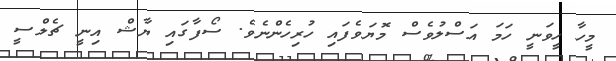
މީހާ ހީވަނީ ހަމަ އަސްލުވެސް މޮޔަވެފައި ހުރިހެންނެވެ. ސޯފާގައި ޔާޝް އިނީ ޗެލްސީ